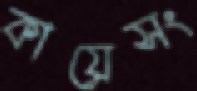
কায়েসং